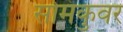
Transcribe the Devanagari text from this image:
सोमंकुवर